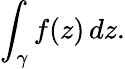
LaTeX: \int_{\gamma}f(z)\, dz.